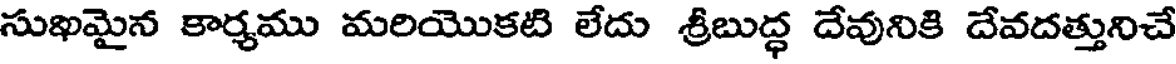
సుఖమైన కార్యము మరియొకటి లేదు శ్రీబుద్ధ దేవునికి దేవదత్తునిచే